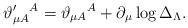
LaTeX: \begin{align*}\vartheta _{\mu A}^{\prime }{}^{A}=\vartheta _{\mu A}{}^{A}+\partial _{\mu}\log \Delta _{{\small \Lambda }}. \end{align*}